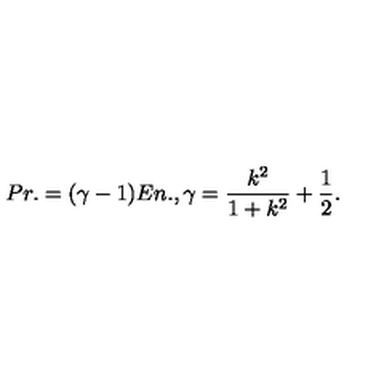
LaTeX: P r . = ( \gamma - 1 ) E n . , \gamma = \frac { k ^ { 2 } } { 1 + k ^ { 2 } } + \frac { 1 } { 2 } .